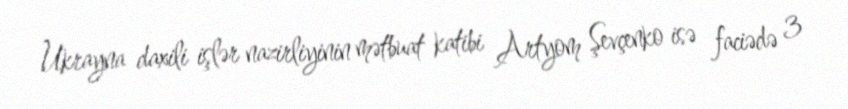
Ukrayna daxili işlər nazirliyinin mətbuat katibi Artyom Şevçenko isə faciədə 3